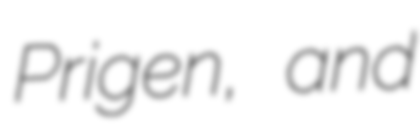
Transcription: Prigen, and